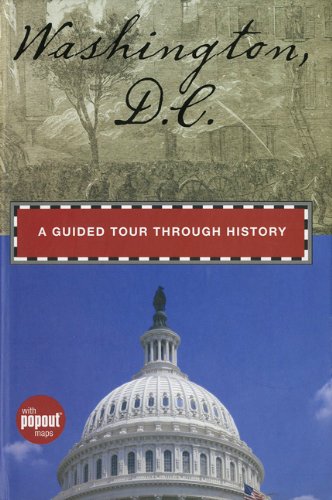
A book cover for Washington, D.C.: A Guided Tour through History (Timeline); Randi Minetor; Travel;